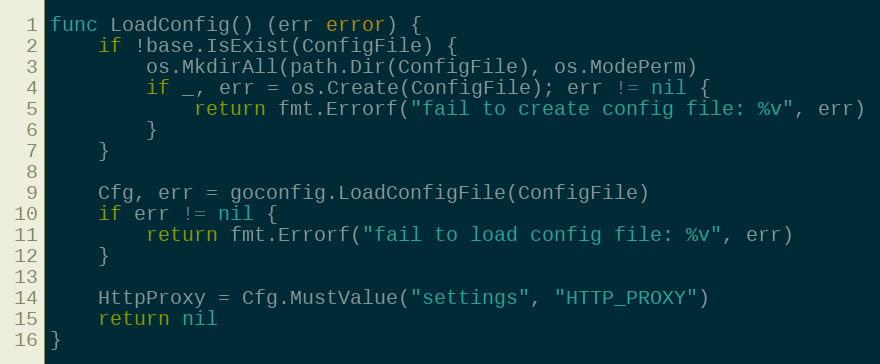
Language: Go
func LoadConfig() (err error) {
	if !base.IsExist(ConfigFile) {
		os.MkdirAll(path.Dir(ConfigFile), os.ModePerm)
		if _, err = os.Create(ConfigFile); err != nil {
			return fmt.Errorf("fail to create config file: %v", err)
		}
	}

	Cfg, err = goconfig.LoadConfigFile(ConfigFile)
	if err != nil {
		return fmt.Errorf("fail to load config file: %v", err)
	}

	HttpProxy = Cfg.MustValue("settings", "HTTP_PROXY")
	return nil
}